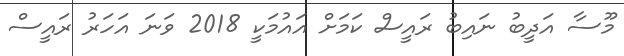
މޫސާ އަދީބު ނައިބު ރައީސް ކަމަށް އައުމަކީ 2018 ވަނަ އަހަރު ރައީސް